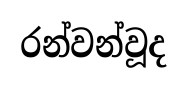
රන්වන්වූද